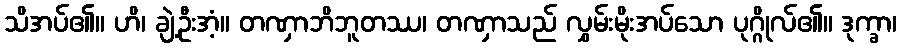
သိအပ်၏။ ဟိ၊ ချဲ့ဦးအံ့။ တဏှာဘိဘူတဿ၊ တဏှာသည် လွှမ်းမိုးအပ်သော ပုဂ္ဂိုလ်၏။ ဒုက္ခာ၊